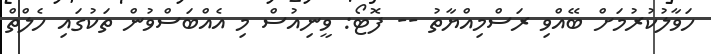
ހަވާލުކުރުމަށް ބޭއްވި ރަސްމިއްޔާތު -- ފޮޓޯ: ވީނިއުސް މި އެއްބަސްވުން ތަކުގައި ހެލްތް